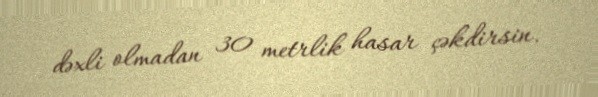
dəxli olmadan 30 metrlik hasar çəkdirsin.